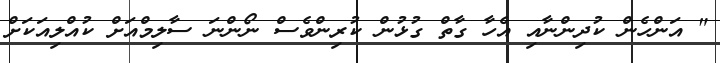
" އަންހެން ކުދިންނާއި އެހާ ގާތް ގުޅުން ކުރިންވެސް ނޯންނަ ސާލިމްއަށް ކުއްލިއަކަށް